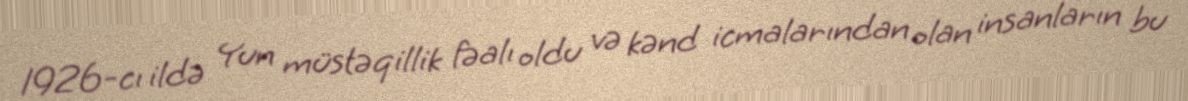
1926-cı ildə Yun müstəqillik fəalı oldu və kənd icmalarından olan insanların bu